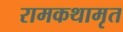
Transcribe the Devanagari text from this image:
रामकथामृत